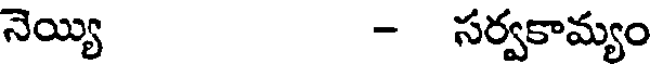
నెయ్యి - సర్వకామ్యం